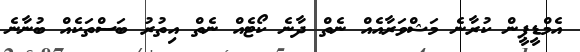
އެމްޑީޕީން ކުރާނެ މަޝްވަރާއެއް ނެތް ދާނެ ކޯޓެއް ނެތް އިތުރު ބަސްތަކެއް ބުނާނެ